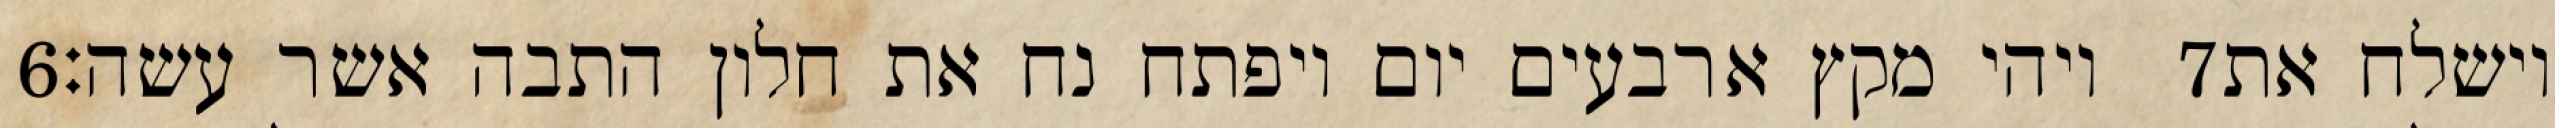
‎6‏ ויהי מקץ ארבעים יום ויפתח נח את חלון התבה אשר עשה׃ ‎7‏ וישלח את